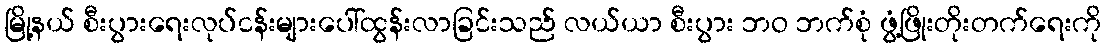
မြို့နယ် စီးပွားရေးလုပ်ငန်းများပေါ်ထွန်းလာခြင်းသည် လယ်ယာ စီးပွား ဘဝ ဘက်စုံ ဖွံ့ဖြိုးတိုးတက်ရေးကို